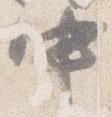
中